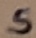
Text: S